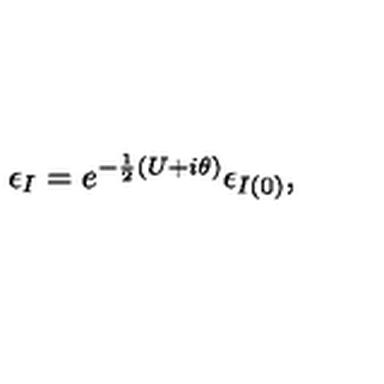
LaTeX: \epsilon _ { I } = e ^ { - \frac { 1 } { 2 } ( U + i \theta ) } \epsilon _ { I ( 0 ) } ,